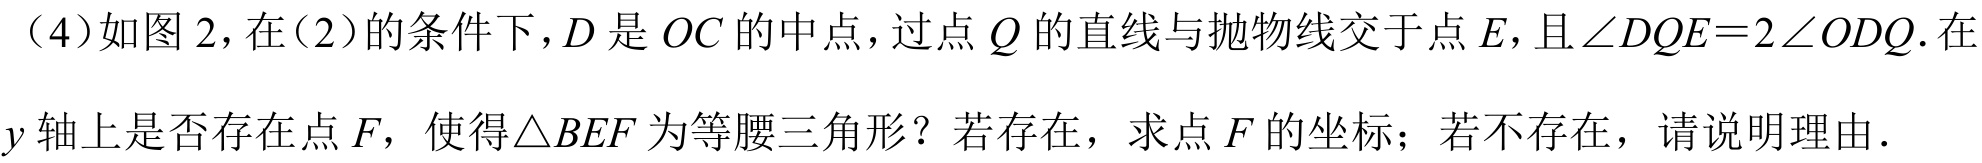
（4）如图2，在（2）的条件下，\(D\)是\(OC\)的中点，过点\(Q\)的直线与抛物线交于点\(E\)，且\(\angle DQE = 2\angle ODQ\).在\(y\)轴上是否存在点\(F\)，使得\(\triangle BEF\)为等腰三角形？若存在，求点\(F\)的坐标；若不存在，请说明理由.